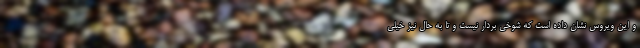
و این ویروس نشان داده است که شوخی بردار نیست و تا به حال نیز خیلی